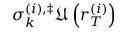
\sigma _ { k } ^ { \left( i \right) , \ddag } \mathfrak { U } \left( r _ { T } ^ { \left( i \right) } \right)